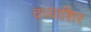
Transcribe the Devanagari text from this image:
दध्याशिर